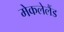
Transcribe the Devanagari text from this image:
मेकलेलैंड